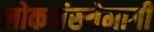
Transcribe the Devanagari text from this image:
लोकसंख्येमागी